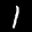
Label: 1